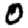
Digit: 0